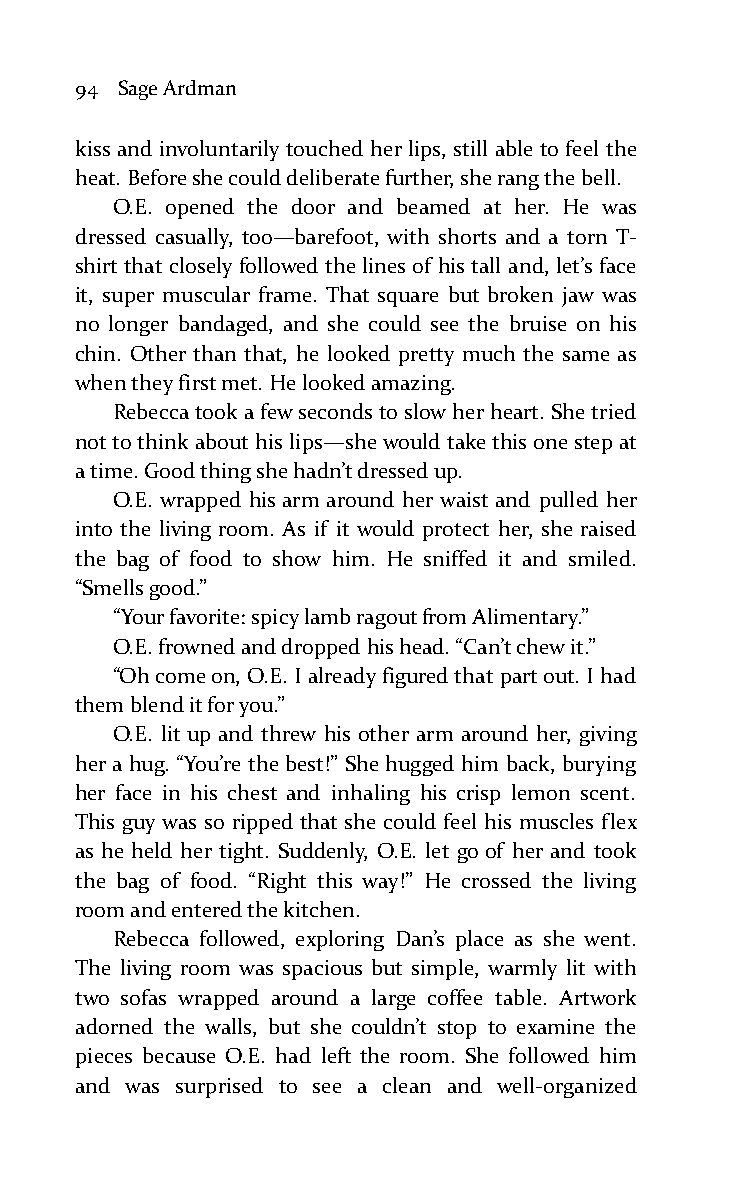
94 Sage Ardman
 kiss and involuntarily touched her lips, still able to feel the
 heat. Before she could deliberate further, she rang the bell.
 O.E. opened the door and beamed at her. He was
 dressed casually, too—barefoot, with shorts and a torn T-
 shirt that closely followed the lines of his tall and, let’s face
 it, super muscular frame. That square but broken jaw was
 no longer bandaged, and she could see the bruise on his
 chin. Other than that, he looked pretty much the same as
 when they first met. He looked amazing.
 Rebecca took a few seconds to slow her heart. She tried
 not to think about his lips—she would take this one step at
 a time. Good thing she hadn’t dressed up.
 O.E. wrapped his arm around her waist and pulled her
 into the living room. As if it would protect her, she raised
 the bag of food to show him. He sniffed it and smiled.
 “Smells good.”
 “Your favorite: spicy lamb ragout from Alimentary.”
 O.E. frowned and dropped his head. “Can’t chew it.”
 “Oh come on, O.E. I already figured that part out. I had
 them blend it for you.”
 O.E. lit up and threw his other arm around her, giving
 her a hug. “You’re the best!” She hugged him back, burying
 her face in his chest and inhaling his crisp lemon scent.
 This guy was so ripped that she could feel his muscles flex
 as he held her tight. Suddenly, O.E. let go of her and took
 the bag of food. “Right this way!” He crossed the living
 room and entered the kitchen.
 Rebecca followed, exploring Dan’s place as she went.
 The living room was spacious but simple, warmly lit with
 two sofas wrapped around a large coffee table. Artwork
 adorned the walls, but she couldn’t stop to examine the
 pieces because O.E. had left the room. She followed him
 and was surprised to see a clean and well-organized